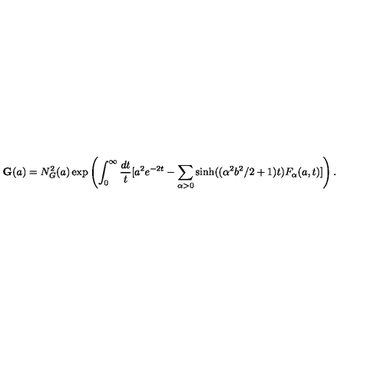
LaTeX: \mathbf { G } ( a ) = N _ { G } ^ { 2 } ( a ) \exp \left( \int _ { 0 } ^ { \infty } \frac { d t } { t } [ a ^ { 2 } e ^ { - 2 t } - \sum _ { \alpha > 0 } \sinh ( ( \alpha ^ { 2 } b ^ { 2 } / 2 + 1 ) t ) F _ { \alpha } ( a , t ) ] \right) .